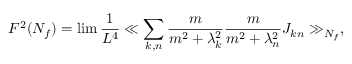
F ^ { 2 } ( N _ { f } ) = \operatorname * { l i m } \frac { 1 } { L ^ { 4 } } \ll \sum _ { k , n } \frac { m } { m ^ { 2 } + \lambda _ { k } ^ { 2 } } \frac { m } { m ^ { 2 } + \lambda _ { n } ^ { 2 } } J _ { k n } \gg _ { N _ { f } } ,